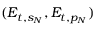
( E _ { t , s _ { N } } , E _ { t , p _ { N } } )